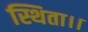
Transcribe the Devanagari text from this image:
स्थिता।।